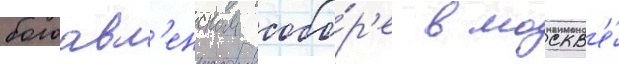
богоавл'енском собо́р'е в москв'е́